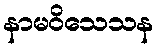
နာမဝိသေသန